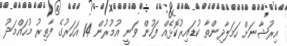
އިރުޝާނަށް ހަމަލާދިންތާ ކުޑައިރުކޮޅެއް ފަހުން ވަނީ އުމުރުން 14 އަހަރުގެ ފާތިރު މުހައްމަދު